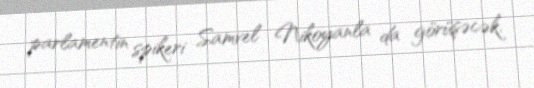
parlamentin spikeri Samvel Nikoyanla da görüşəcək.